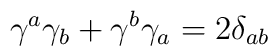
\gamma^a \gamma_b + \gamma^b \gamma_a = 2 \delta_{ab}